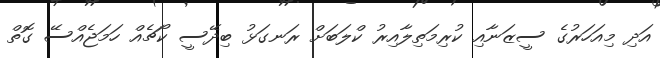
އަދި މިއަހަރުގެ ސީޒަނާއި ކުރިމަތިލާއިރު ކްލަބަށް ރަނގަޅު ބިދޭސީ ކޯޗެއް ހަމަޖެއްސޭ ގޮތް